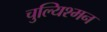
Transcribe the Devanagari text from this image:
चुल्यिश्मन